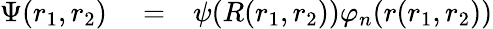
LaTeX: \begin{array}{rlr}{\Psi(r_{1},r_{2})}&{{}=}&{\psi(R(r_{1},r_{2}))\varphi_{n}(r(r_{1},r_{2}))}\end{array}